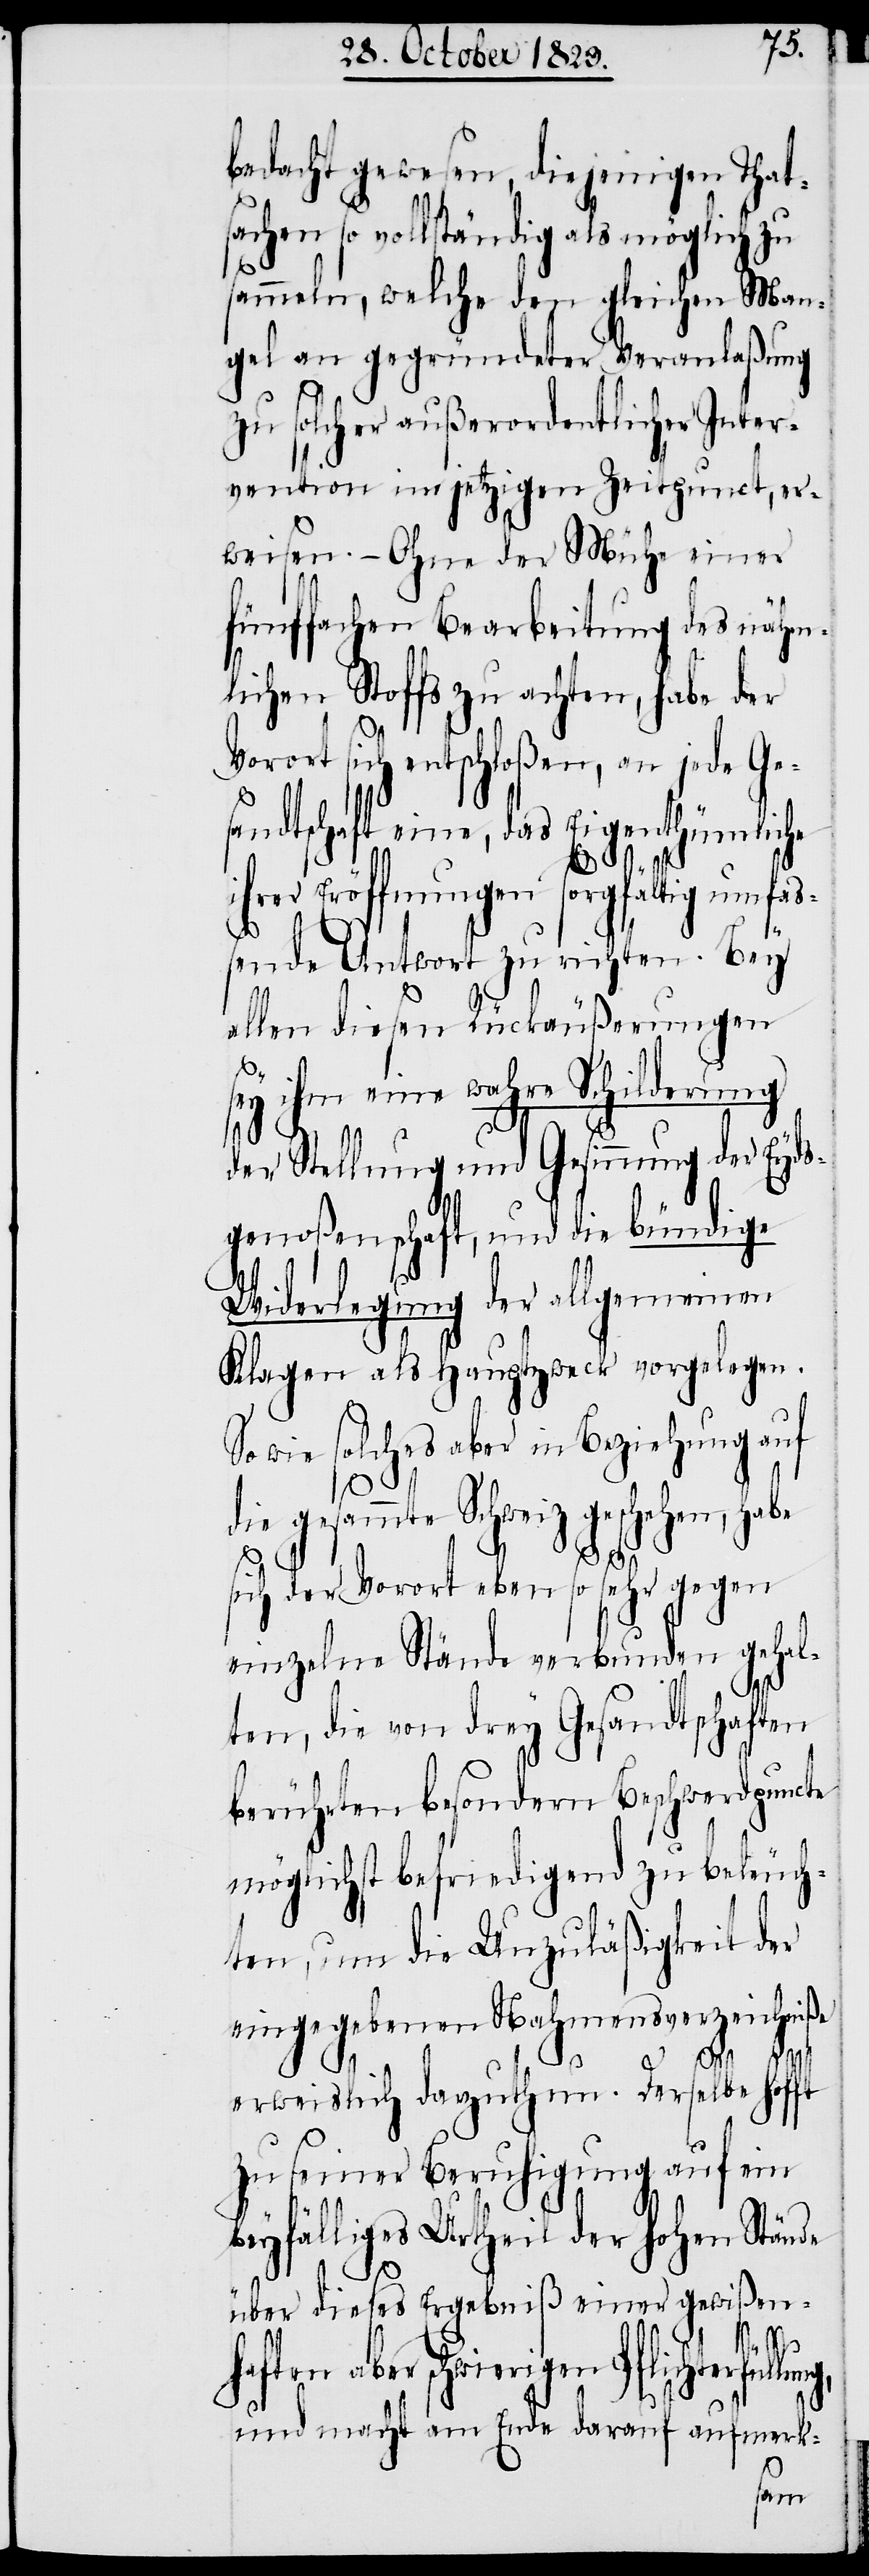
bedacht gewesen, diejenigen Thats¬
achen so vollständig als möglich zu
sammeln, welche den gleichen Man¬
gel an gegründeter Veranlaßung
zu solcher außerordentlicher Inter¬
vention im jetzigen Zeitpunct, er¬
weisen. – Ohne der Mühe einer
fünffachen Bearbeitung des nähm¬
lichen Stoffs zu achten, habe der
Vorort sich entschloßen, an jede Ge¬
sandtschaft eine, das Eigenthümliche
i¬
hrer Eröffnungen sorgfältig umfaß¬
ende Antwort zu richten. Bey
allen diesen Rückäußerungen
sey ihm eine wahre Schilderung
der Stellung und Gesinnung der Eyds¬
genoßenschaft, und die bündige
Widerlegung der allgemeinen
Klagen als Hauptzweck vorgelegen.
Sowie solches aber in Beziehung auf
die
sich der Vorort eben so sehr gegen
einzelne Stände verbunden gehal¬
ten, die von drey Gesandtschaften
berührten besondern Beschwerdpuncte
möglichst befriedigend zu beleuch¬
ten, um die Unzuläßigkeit der
eingegebenen Nahmensverzeichniße
erweislich darzuthun. Derselbe hofft
zu seiner Beruhigung auf ein
beyfälliges Urtheil der hohen Stände
über dieses Ergebniß einer gewißen¬
en Pflichterfüllung,
und macht am Ende darauf aufmerk-